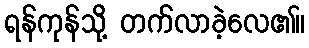
ရန်ကုန်သို့ တက်လာခဲ့လေ၏။